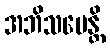
အဘိသမေန္တိ